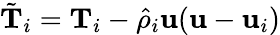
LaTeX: \tilde{\textbf{T}}_{i}=\textbf{T}_{i}-\hat{\rho}_{i}\textbf{u}(\textbf{u}-\textbf{u}_{i})